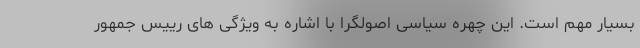
بسیار مهم است. این چهره سیاسی اصولگرا با اشاره به ویژگی های رییس جمهور